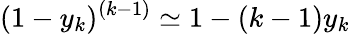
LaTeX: (1-y_{k})^{(k-1)}\simeq 1-(k-1)y_{k}